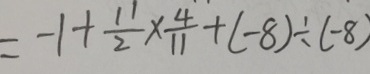
= - 1 + \frac { 1 1 } { 2 } \times \frac { 4 } { 1 1 } + ( - 8 ) \div ( - 8 )